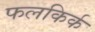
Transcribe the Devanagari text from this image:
फलकिर्क